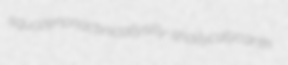
squoze nonactinically silly-shally calycanth